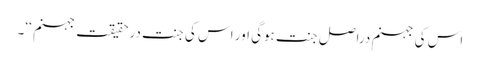
اس کی جہنم دراصل جنت ہوگی اور اس کی جنت درحقیقت جہنم ‘‘۔